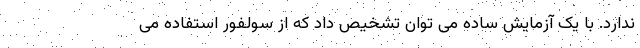
ندارد. با یک آزمایش ساده می توان تشخیص داد که از سولفور استفاده می